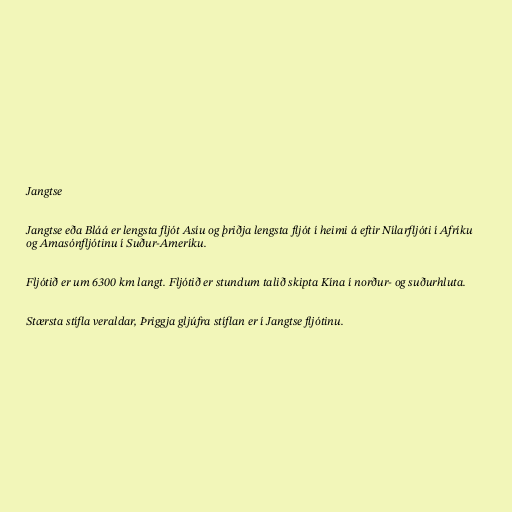
Jangtse

Jangtse eða Bláá er lengsta fljót Asíu og þriðja lengsta fljót í heimi á eftir Nílarfljóti í Afríku
og Amasónfljótinu í Suður-Ameríku.

Fljótið er um 6300 km langt. Fljótið er stundum talið skipta Kína í norður- og suðurhluta.

Stærsta stífla veraldar, Þriggja gljúfra stíflan er í Jangtse fljótinu.